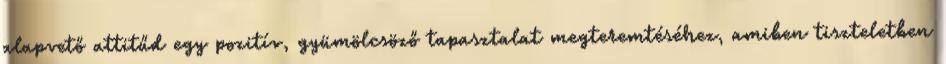
alapvető attitűd egy pozitív, gyümölcsöző tapasztalat megteremtéséhez, amiben tiszteletben